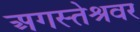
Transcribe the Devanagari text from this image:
अगस्‍तेश्रवर